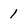
Character: 1